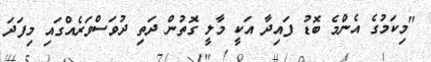
"މިކަމުގެ އެންމެ ބޮޑު ފައިދާ އަކީ މާލީ ގޮތުން ދަތި ދުވަސްވަރެއްގައި މިފަދަ